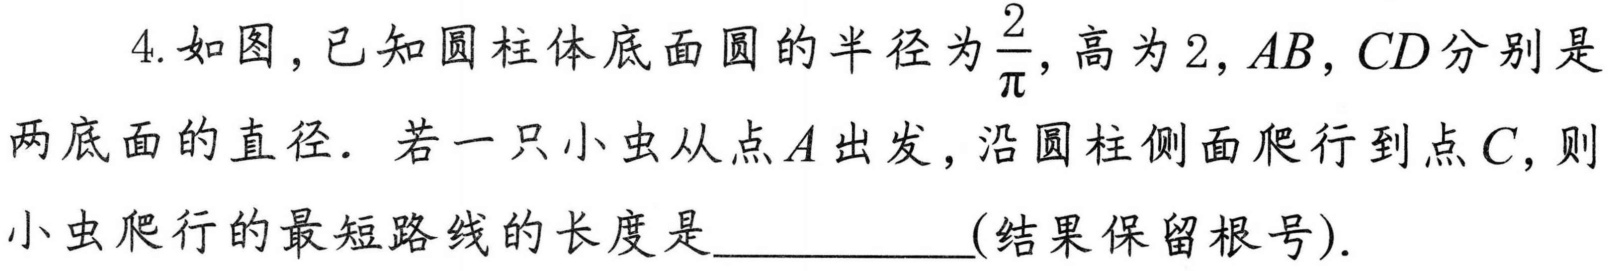
4. 如图，已知圆柱体底面圆的半径为$\frac{2}{\pi}$，高为$2$，$AB$，$CD$分别是
两底面的直径．若一只小虫从点$A$出发，沿圆柱侧面爬行到点$C$，则
小虫爬行的最短路线的长度是____________(结果保留根号).